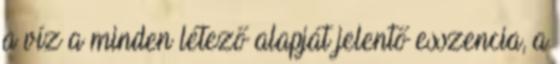
a víz a minden létező alapját jelentő esszencia, a